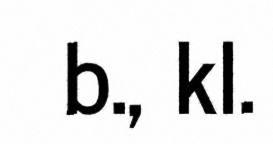
b., kl.